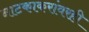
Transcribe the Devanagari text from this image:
नाटकाकरांवरही